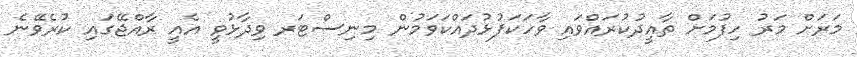
މަރަށް މަރު ހިފުމަށް ތާއީދުކުރައްވައި ވާހަކަފުޅުދައްކަވަމުން މިނިސްޓަރ ވިދާޅުވީ އެއީ ރާއްޖޭގައި ކުރެވޭނެ